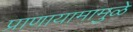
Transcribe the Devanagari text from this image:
प्राणायामामुळे